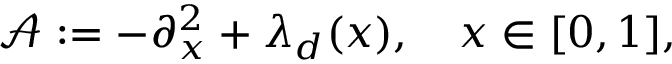
\begin{array} { r } { \mathcal { A } : = - \partial _ { x } ^ { 2 } + \lambda _ { d } ( x ) , \quad x \in [ 0 , 1 ] , } \end{array}